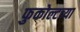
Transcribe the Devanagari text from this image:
फुकोल्टच्या